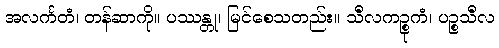
အလင်္ကတံ၊ တန်ဆာကို။ ပဿန္တု၊ မြင်စေသတည်း။ သီလကဉ္စုကံ၊ ပဉ္စသီလ